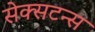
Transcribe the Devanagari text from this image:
सेक्सटन्स